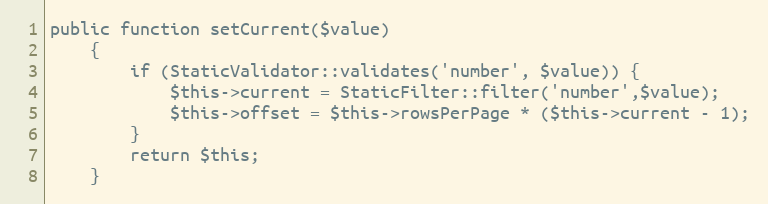
Language: PHP
public function setCurrent($value)
    {
        if (StaticValidator::validates('number', $value)) {
            $this->current = StaticFilter::filter('number',$value);
            $this->offset = $this->rowsPerPage * ($this->current - 1);
        }
        return $this;
    }